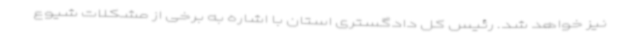
نیز خواهد شد. رئیس کل دادگستری استان با اشاره به برخی از مشکلات شیوع